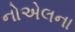
નોએલના